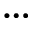
\ldots